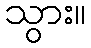
သွား။